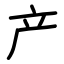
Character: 产